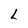
Character: L